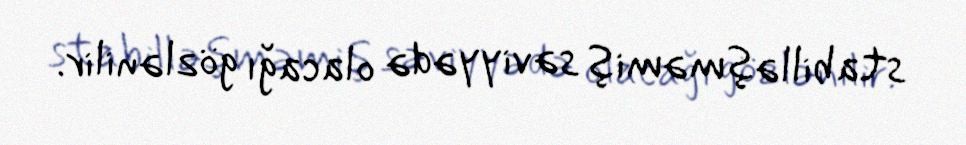
stabilləşməmiş səviyyədə olacağı gözlənilir.